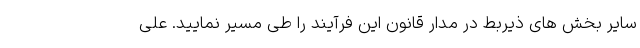
سایر بخش های ذیربط در مدار قانون این فرآیند را طی مسیر نمایید. علی